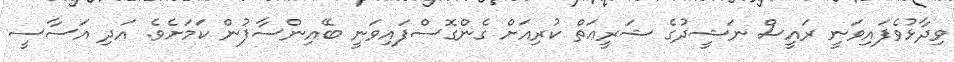
ވިދާޅުވެފައިވަނީ ރައީސް ނަޝީދުގެ ޝަރީޢަތް ކުރިއަށް ގެންގޮސްފައިވަނީ ބޭއިންސާފުން ކަމަށެވެ. އަދި އަސާސީ